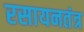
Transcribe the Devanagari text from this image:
रसायनतंत्र